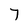
Character: 7